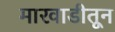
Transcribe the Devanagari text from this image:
मारवाडीतून